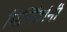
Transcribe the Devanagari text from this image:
मिलिंदांनी